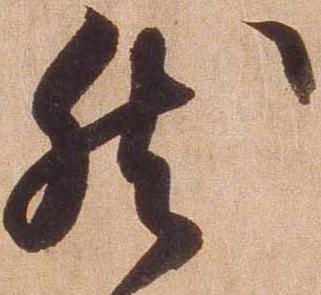
然